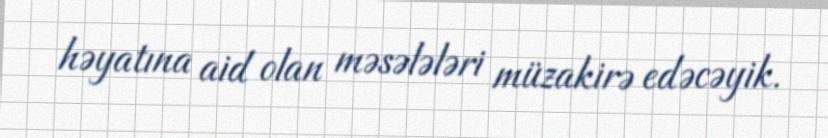
həyatına aid olan məsələləri müzakirə edəcəyik.